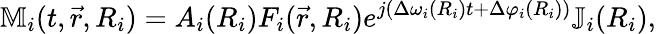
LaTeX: \mathbb{M}_{i}(t,\vec{r},R_{i})=A_{i}(R_{i})F_{i}(\vec{r},R_{i})e^{j(\Delta\omega_{i}(R_{i})t+\Delta\varphi_{i}(R_{i}))}\mathbb{J}_{i}(R_{i}),